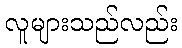
လူများသည်လည်း